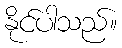
နိုင်ပါသည်။